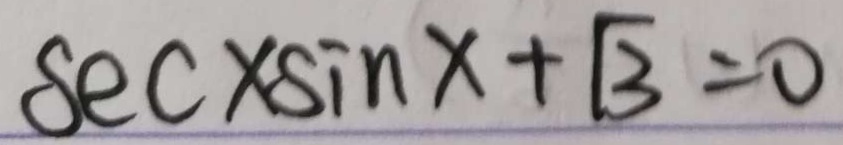
s e c \times \sin x + \sqrt { 3 } = 0